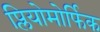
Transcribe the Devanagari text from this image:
प्लियोमोर्फिक